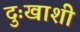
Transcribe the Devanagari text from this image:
दुःखाशी